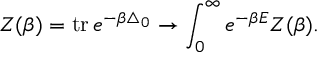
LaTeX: Z ( \beta ) = \mathrm { t r } \, e ^ { - \beta \triangle _ { 0 } } \rightarrow \int _ { 0 } ^ { \infty } e ^ { - \beta E } Z ( \beta ) .